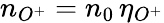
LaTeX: n_{O^{+}}=n_{0}\, \eta_{O^{+}}